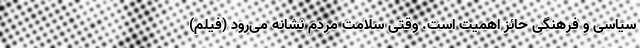
سیاسی و فرهنگی حائز اهمیت است. وقتی سلامت مردم نشانه می‌رود (فیلم)